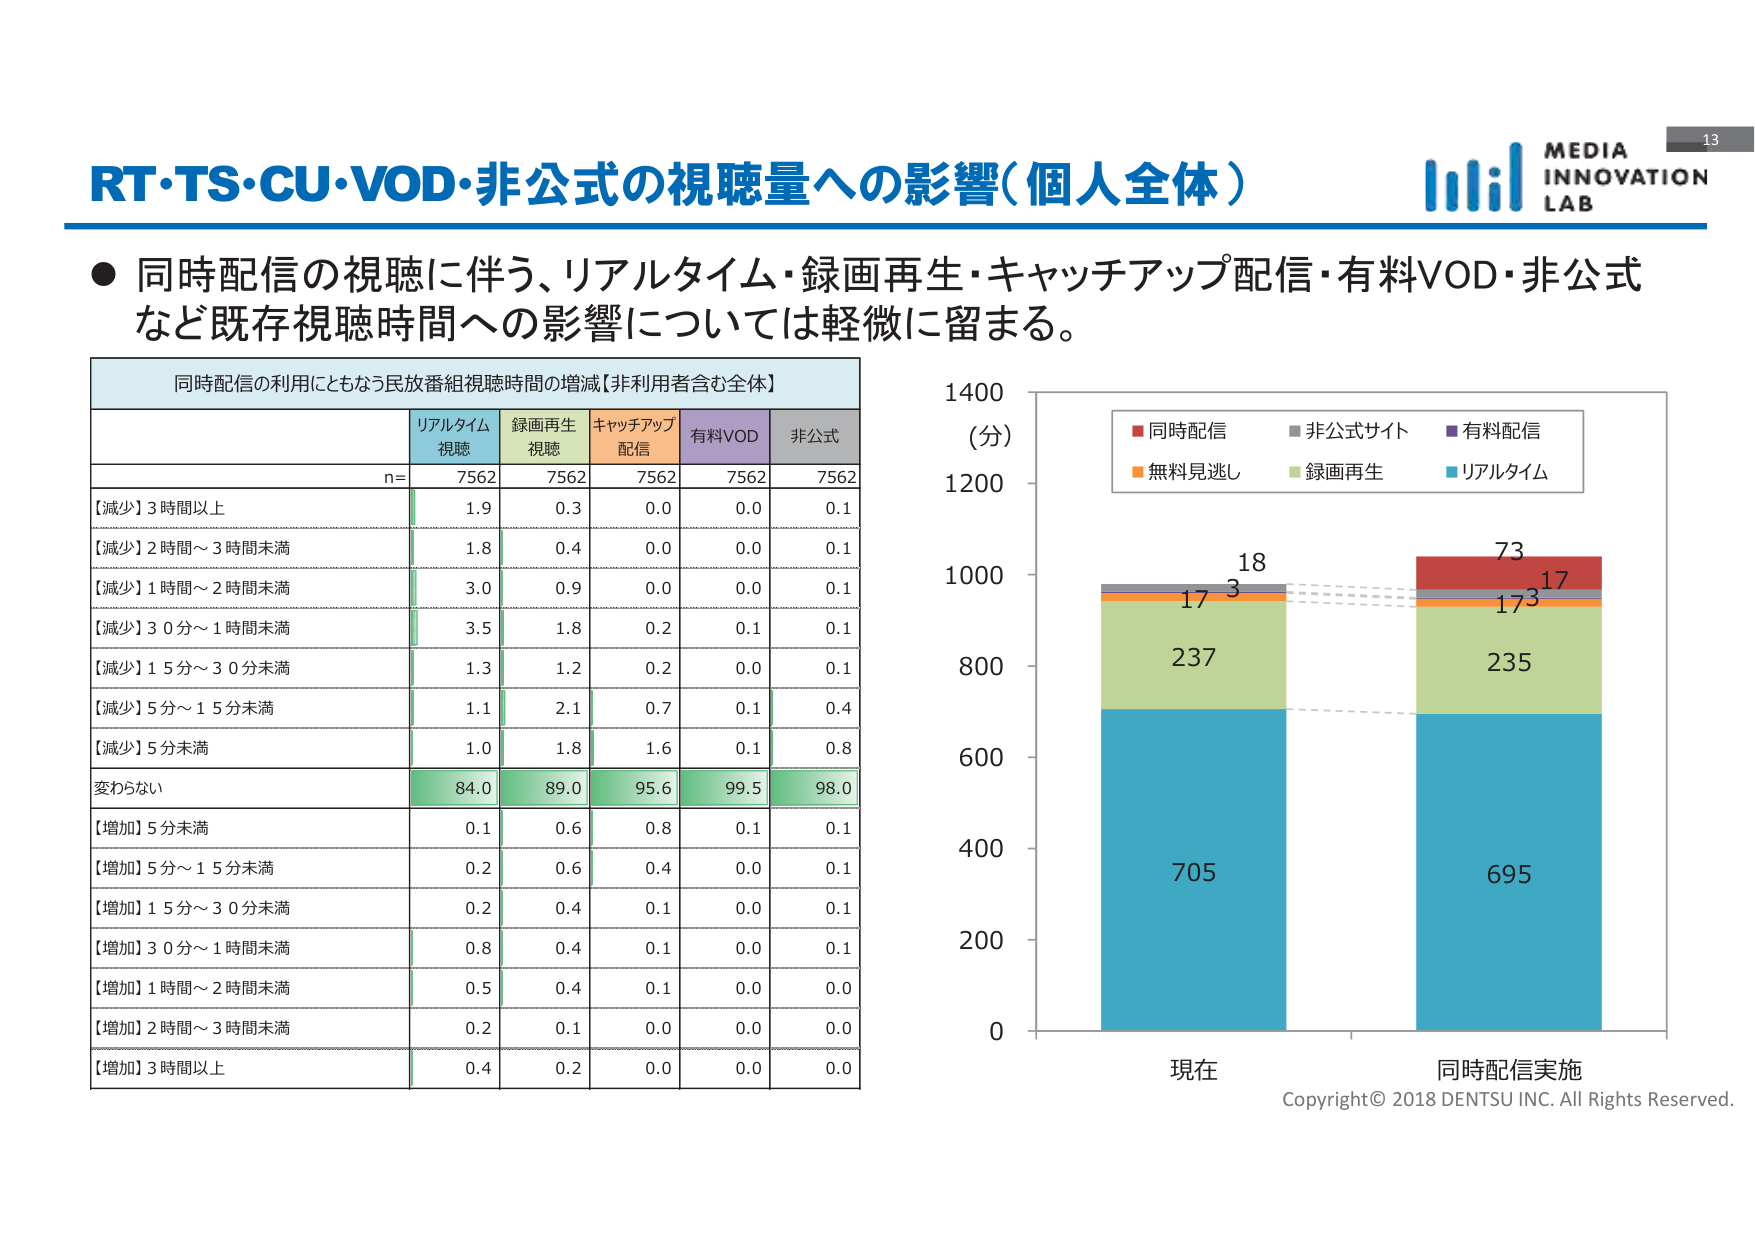
RT・TS・CU・VOD・非公式の視聴量への影響（個人全体）

● 同時配信の視聴に伴う、リアルタイム・録画再生・キャッチアップ配信・有料VOD・非公式など既存視聴時間への影響については軽微に留まる。

同時配信の利用にともなう民放番組視聴時間の増減【非利用者含む全体】

リアルタイム視聴　録画再生視聴　キャッチアップ配信　有料VOD　非公式
n=　7562　7562　7562　7562　7562

【減少】3時間以上　1.9　0.3　0.0　0.0　0.1
【減少】2時間～3時間未満　1.8　0.4　0.0　0.0　0.1
【減少】1時間～2時間未満　3.0　0.9　0.0　0.0　0.1
【減少】30分～1時間未満　3.5　1.8　0.2　0.1　0.1
【減少】15分～30分未満　1.3　1.2　0.2　0.0　0.1
【減少】5分～15分未満　1.1　2.1　0.7　0.1　0.4
【減少】5分未満　1.0　1.8　1.6　0.1　0.8
変わらない　84.0　89.0　95.6　99.5　98.0
【増加】5分未満　0.1　0.6　0.8　0.1　0.1
【増加】5分～15分未満　0.2　0.6　0.4　0.0　0.1
【増加】15分～30分未満　0.2　0.4　0.1　0.0　0.1
【増加】30分～1時間未満　0.8　0.4　0.1　0.0　0.1
【増加】1時間～2時間未満　0.5　0.4　0.1　0.0　0.0
【増加】2時間～3時間未満　0.2　0.1　0.0　0.0　0.0
【増加】3時間以上　0.4　0.2　0.0　0.0　0.0

（分）
1400
1200
1000
800
600
400
200
0

■ 同時配信　■ 非公式サイト　■ 有料配信
■ 無料見逃し　■ 録画再生　■ リアルタイム

18
17　3
237
705

73
17　3
235
695

現在　同時配信実施

MEDIA INNOVATION LAB
13
Copyright © 2018 DENTSU INC. All Rights Reserved.